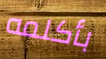
بأكلمه